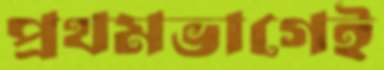
প্রথমভাগেই